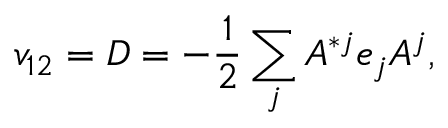
v _ { 1 2 } = D = - { \frac { 1 } { 2 } } \sum _ { j } A ^ { * j } e _ { j } A ^ { j } ,